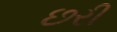
છરી